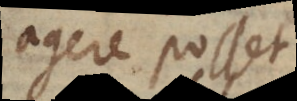
agere posset.